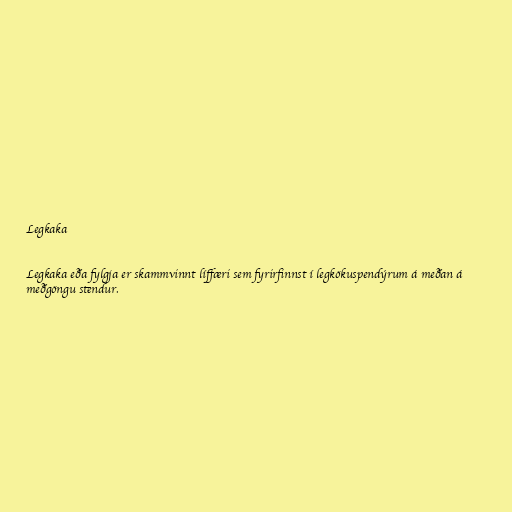
Legkaka

Legkaka eða fylgja er skammvinnt líffæri sem fyrirfinnst í legkökuspendýrum á meðan á
meðgöngu stendur.